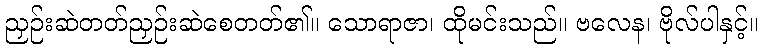
ညှဉ်းဆဲတတ်ညှဉ်းဆဲစေတတ်၏။ သောရာဇာ၊ ထိုမင်းသည်။ ဗလေန၊ ဗိုလ်ပါနှင့်။